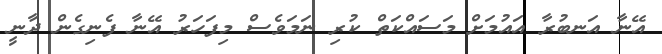
އޭނާ އަނބުރާ އައުމަށް މަސައްކަތް ކުރި ނަމަވެސް މިފަހަރު އޭނާ ފެނިގެން ދާނީ